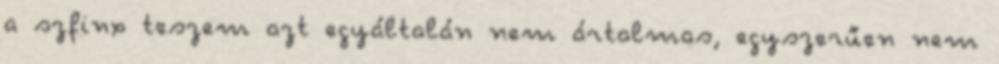
a szfinx teszem azt egyáltalán nem ártalmas, egyszerűen nem